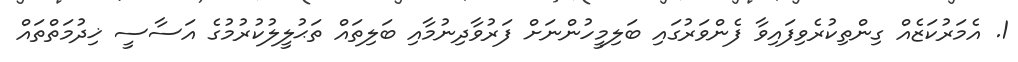
1. އެމަރުކަޒެއް ގިންތިކުރެވިފައިވާ ފެންވަރުގައި ބަލިމީހުންނަށް ފަރުވާދިނުމާއި ބަލިތައް ތަޙުލީލުކުރުމުގެ އަސާސީ ޚިދުމަތްތައް